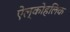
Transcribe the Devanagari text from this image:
ऐल्कोहलिक